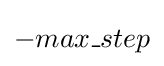
-max\_step